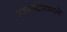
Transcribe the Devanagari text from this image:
स्कायटीममध्ये